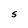
Character: S